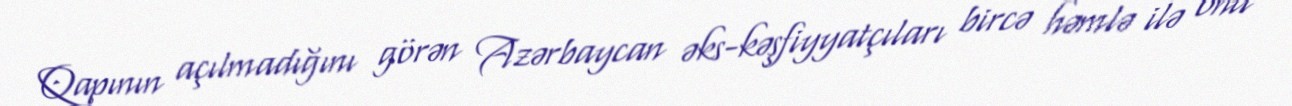
Qapının açılmadığını görən Azərbaycan əks-kəşfiyyatçıları bircə həmlə ilə onu